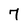
Character: 7